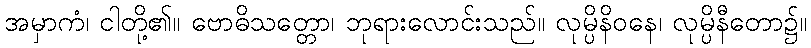
အမှာကံ၊ ငါတို့၏။ ဗောဓိသတ္တော၊ ဘုရားလောင်းသည်။ လုမ္ပိနိဝနေ၊ လုမ္ပိနီတော၌။